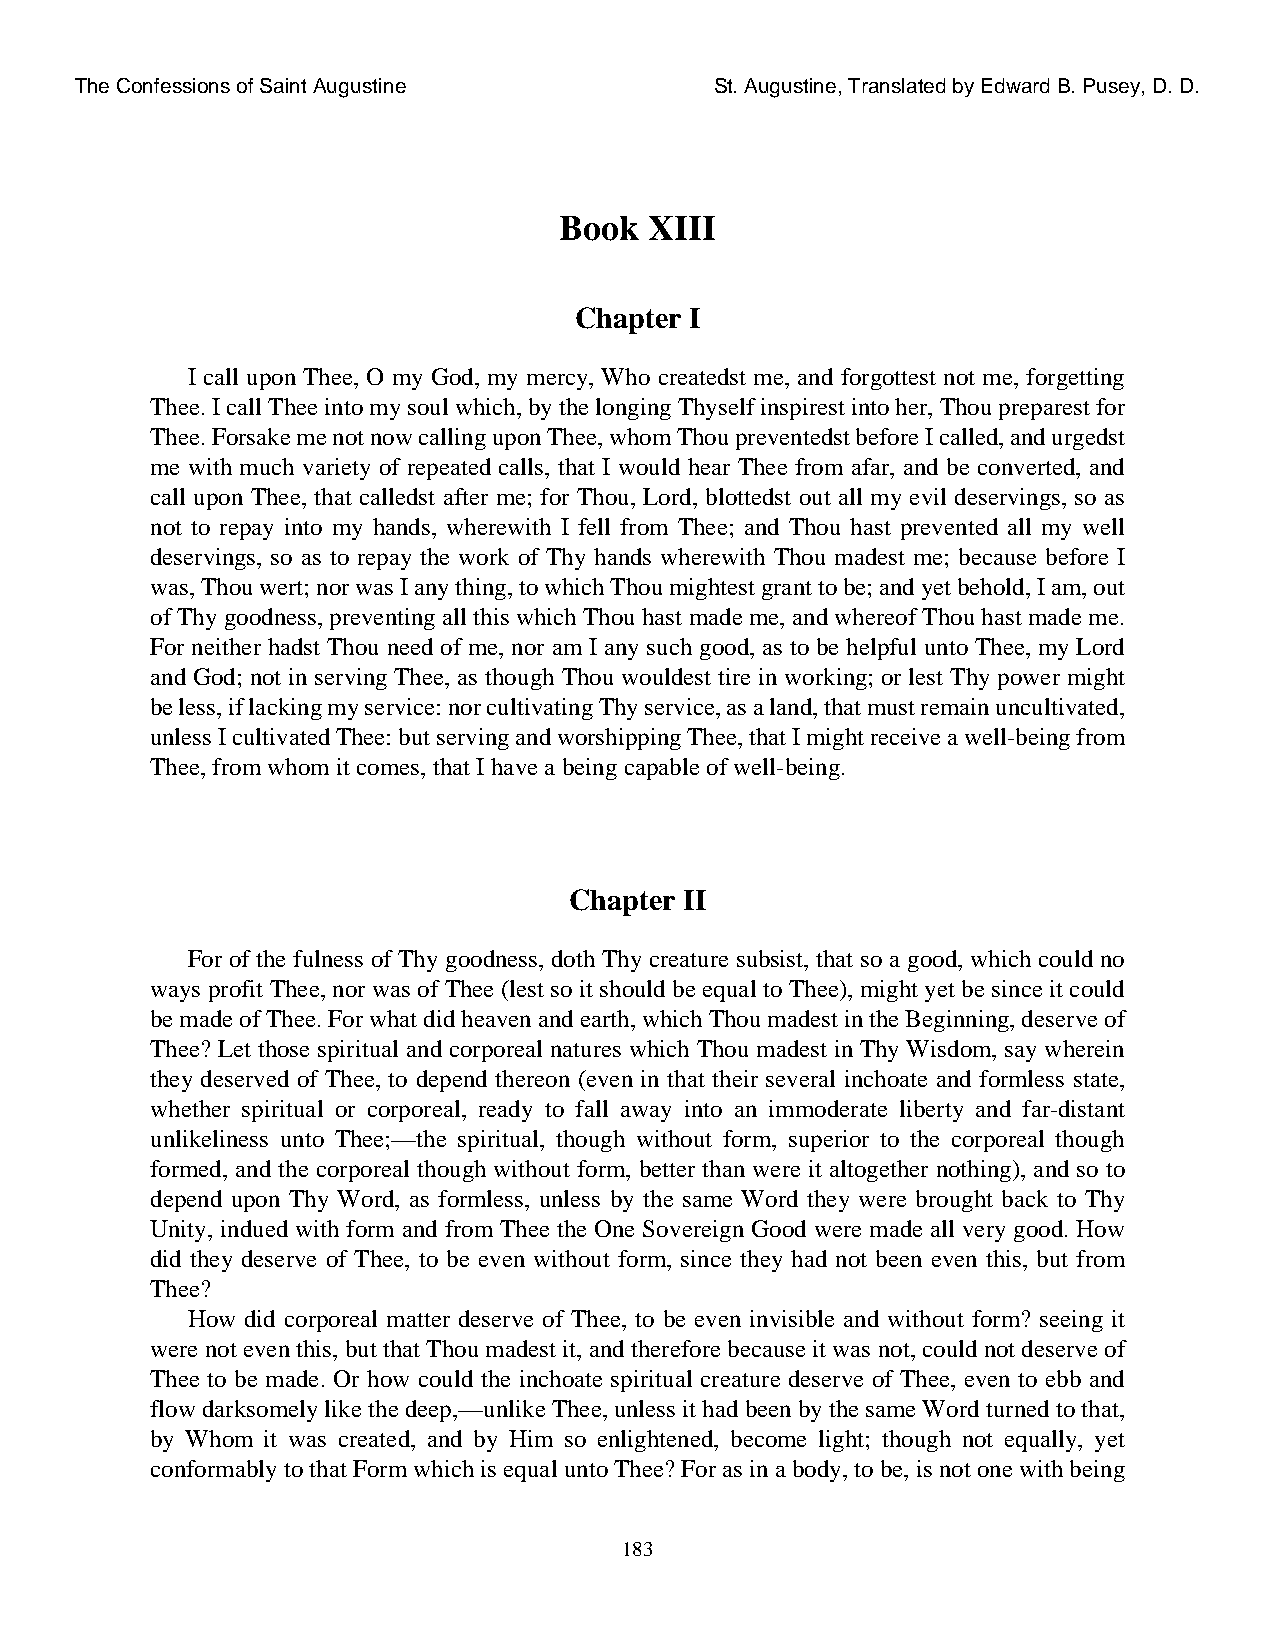
The Confessions of Saint Augustine        St. Augustine, Translated by Edward B. Pusey, D. D.
 Book  XIII
 Chapter I
 I call upon Thee, O my God, my mercy, Who createdst me, and forgottest not me, forgetting
 Thee. I call Thee into my soul which, by the longing Thyself inspirest into her, Thou preparest for
 Thee. Forsake me not now calling upon Thee, whom Thou preventedst before I called, and urgedst
 me with much variety of repeated calls, that I would hear Thee from afar, and be converted, and
 call upon Thee, that calledst after me; for Thou, Lord, blottedst out all my evil deservings, so as
 not to repay into my hands, wherewith I fell from Thee; and Thou hast prevented all my well
 deservings, so as to repay the work of Thy hands wherewith Thou madest me; because before I
 was, Thou wert; nor was I any thing, to which Thou mightest grant to be; and yet behold, I am, out
 of Thy goodness, preventing all this which Thou hast made me, and whereof Thou hast made me.
 For neither hadst Thou need of me, nor am I any such good, as to be helpful unto Thee, my Lord
 and God; not in serving Thee, as though Thou wouldest tire in working; or lest Thy power might
 be less, if lacking my service: nor cultivating Thy service, as a land, that must remain uncultivated,
 unless I cultivated Thee: but serving and worshipping Thee, that I might receive a well-being from
 Thee, from whom it comes, that I have a being capable of well-being.
 Chapter II
 For of the fulness of Thy goodness, doth Thy creature subsist, that so a good, which could no
 ways profit Thee, nor was of Thee (lest so it should be equal to Thee), might yet be since it could
 be made of Thee. For what did heaven and earth, which Thou madest in the Beginning, deserve of
 Thee? Let those spiritual and corporeal natures which Thou madest in Thy Wisdom, say wherein
 they deserved of Thee, to depend thereon (even in that their several inchoate and formless state,
 whether spiritual or corporeal, ready to fall away into an immoderate liberty and far-distant
 unlikeliness unto Thee;—the spiritual, though without form, superior to the corporeal though
 formed, and the corporeal though without form, better than were it altogether nothing), and so to
 depend upon Thy Word, as formless, unless by the same Word they were brought back to Thy
 Unity, indued with form and from Thee the One Sovereign Good were made all very good. How
 did they deserve of Thee, to be even without form, since they had not been even this, but from
 Thee?
 How did corporeal matter deserve of Thee, to be even invisible and without form? seeing it
 were not even this, but that Thou madest it, and therefore because it was not, could not deserve of
 Thee to be made. Or how could the inchoate spiritual creature deserve of Thee, even to ebb and
 flow darksomely like the deep,—unlike Thee, unless it had been by the same Word turned to that,
 by Whom it was created, and by Him so enlightened, become light; though not equally, yet
 conformably to that Form which is equal unto Thee? For as in a body, to be, is not one with being
 183